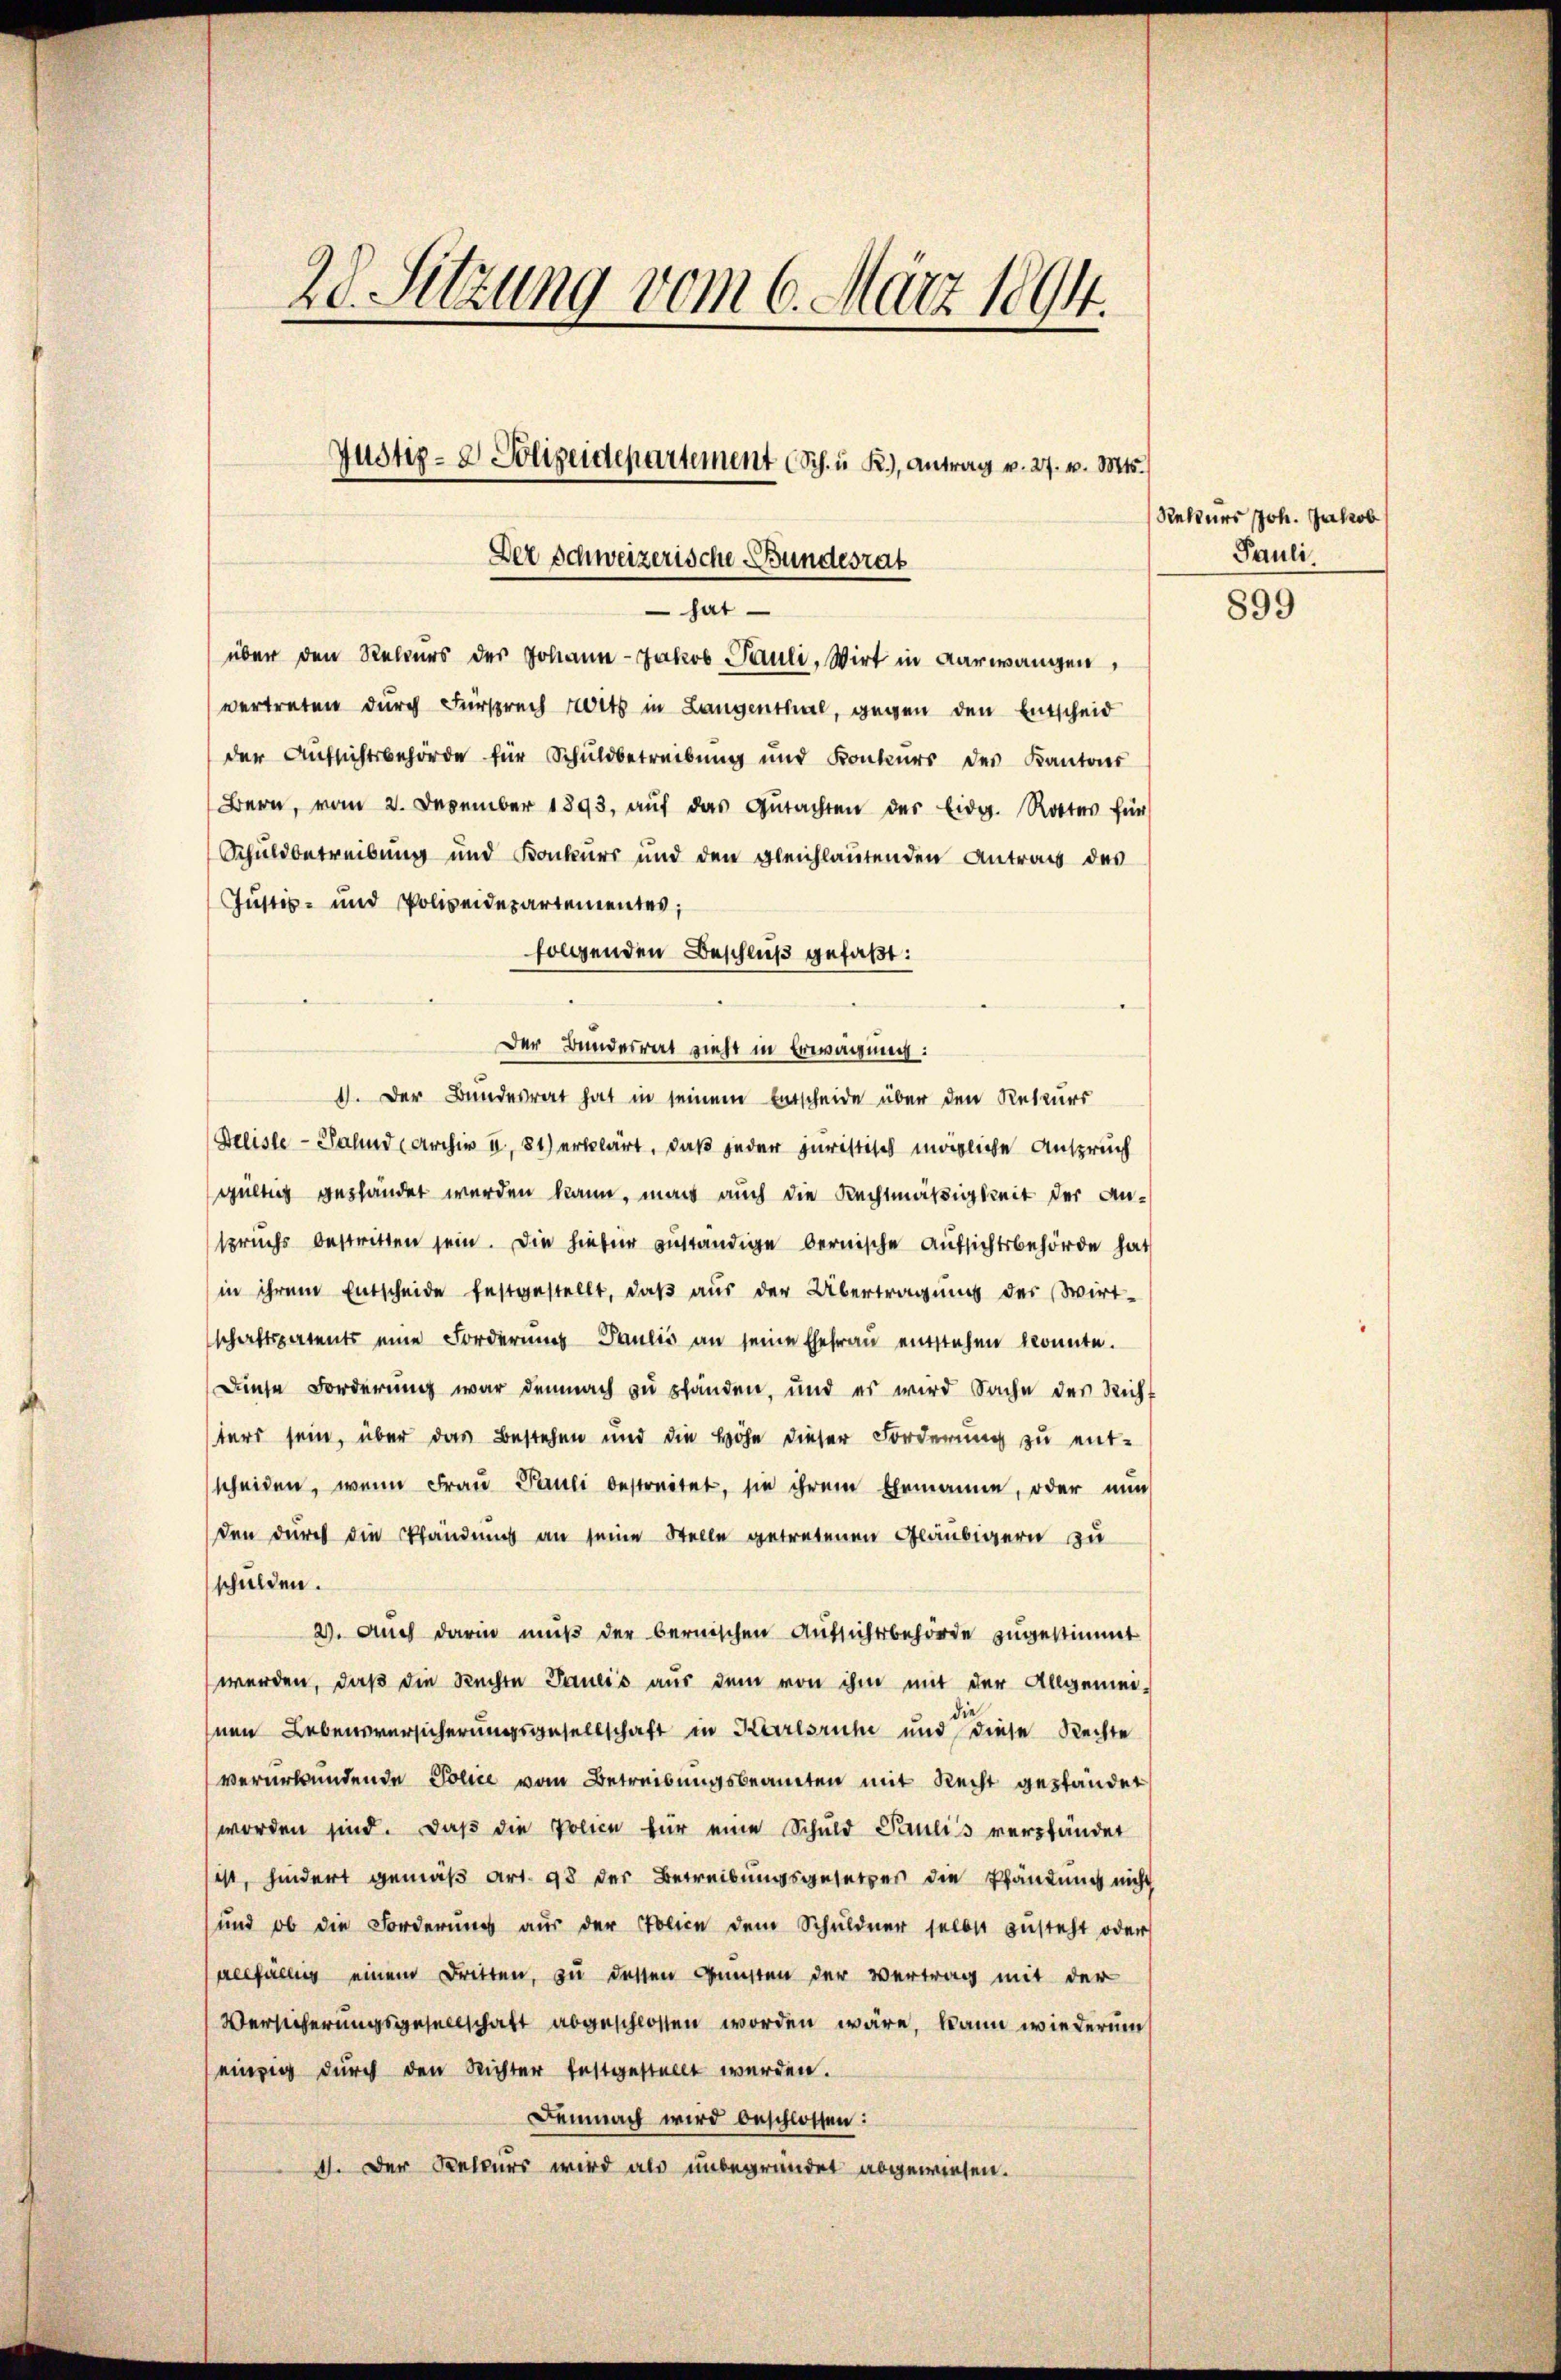
20. Sitzung vom 6. März 1894.

Justiz- & Polizeidepartement (Sch. u. R.), Antrag v. 27. v. Mts.
Der Schweizerische Bundesrat
 hat

über den Rekurs der Johann Jakob Pauli, Wirt in Aarwangen,
vertreten durch Fürspruch reits in Langenthal, gegen den Entscheid
der Aufsichtsbehörde für Schuldbetreibŭng und Konkŭrs des Kantons
Bern, vom 2. Dezember 1893, aŭf das Gŭtachten der Eidg. Rottes für
Schuldbetreibung und Konkurs und den gleichlautenden Antrag des
Justiz- und Polizeidepartementes;
folgenden Beschluß gefaßt:
Der Bundesrat zieht in Erwägung:
1). Der Bundesrat hat in seinem Entscheide über den Rekurs
Deliste - Salnd (Archiv u, 81) erklärt, daß jeder juristisch mögliche Anspruch
gültig geständet werden kann, man auch die Rechtmäßigkeit der Anspruchs bestritten sein. Die hiefür zuständige bernische Aufsichtsbehörde hat
in ihrem Entscheide festgestellt, daβ aŭs der Übertragŭng des Wirt-
schaftspatents eine Forderungs Paulis an seine Ehefrau entstehen konnte.
Diese Forderung war demnach zu pfänden, und es wird Sache des Richt
ters sein, über das Bestehen und die Höhe dieser Forderung zu ent-
scheiden, wenn Frau Pauli bestreitet, sie ihrem Ehemanne, oder nun
den durch die Pfändung an seine Stelle getretenen Gläubigern zu
schulden.
2). Auch darin muß der bernischen Aufsichtsbehörde zugestimmt
werden, daβ die Rechte Janeis aŭs dem von ihm mit der Allgemei-
nen Lebensversicherungsgesellschaft in Karlsruhe und diese Rechte
vererbundende Police vom Betreibungsbeamten mit Recht geständet
worden sind. Daß die Police für eine Schuld Paulis verpfändet
ist, hindert gemäß Art. 98 der Betreibungsgesetzes die Pfändung nicht
und ob die Forderŭng aŭs der Police dem Schuldner selbst zŭsteht oder
verfüllung einem Dritten, zu dessen Gunsten der Vertrag mit der
Versicherungsgesellschaft abgeschlossen worden wäre, kann wiederum
einzig durch den Richter festgestellt werden.
Demnach wird beschlossen:
41. Der Kelkurs wird als unbegründet abgewiesen.

Rekurs Joh. Jakob
Pauli

899